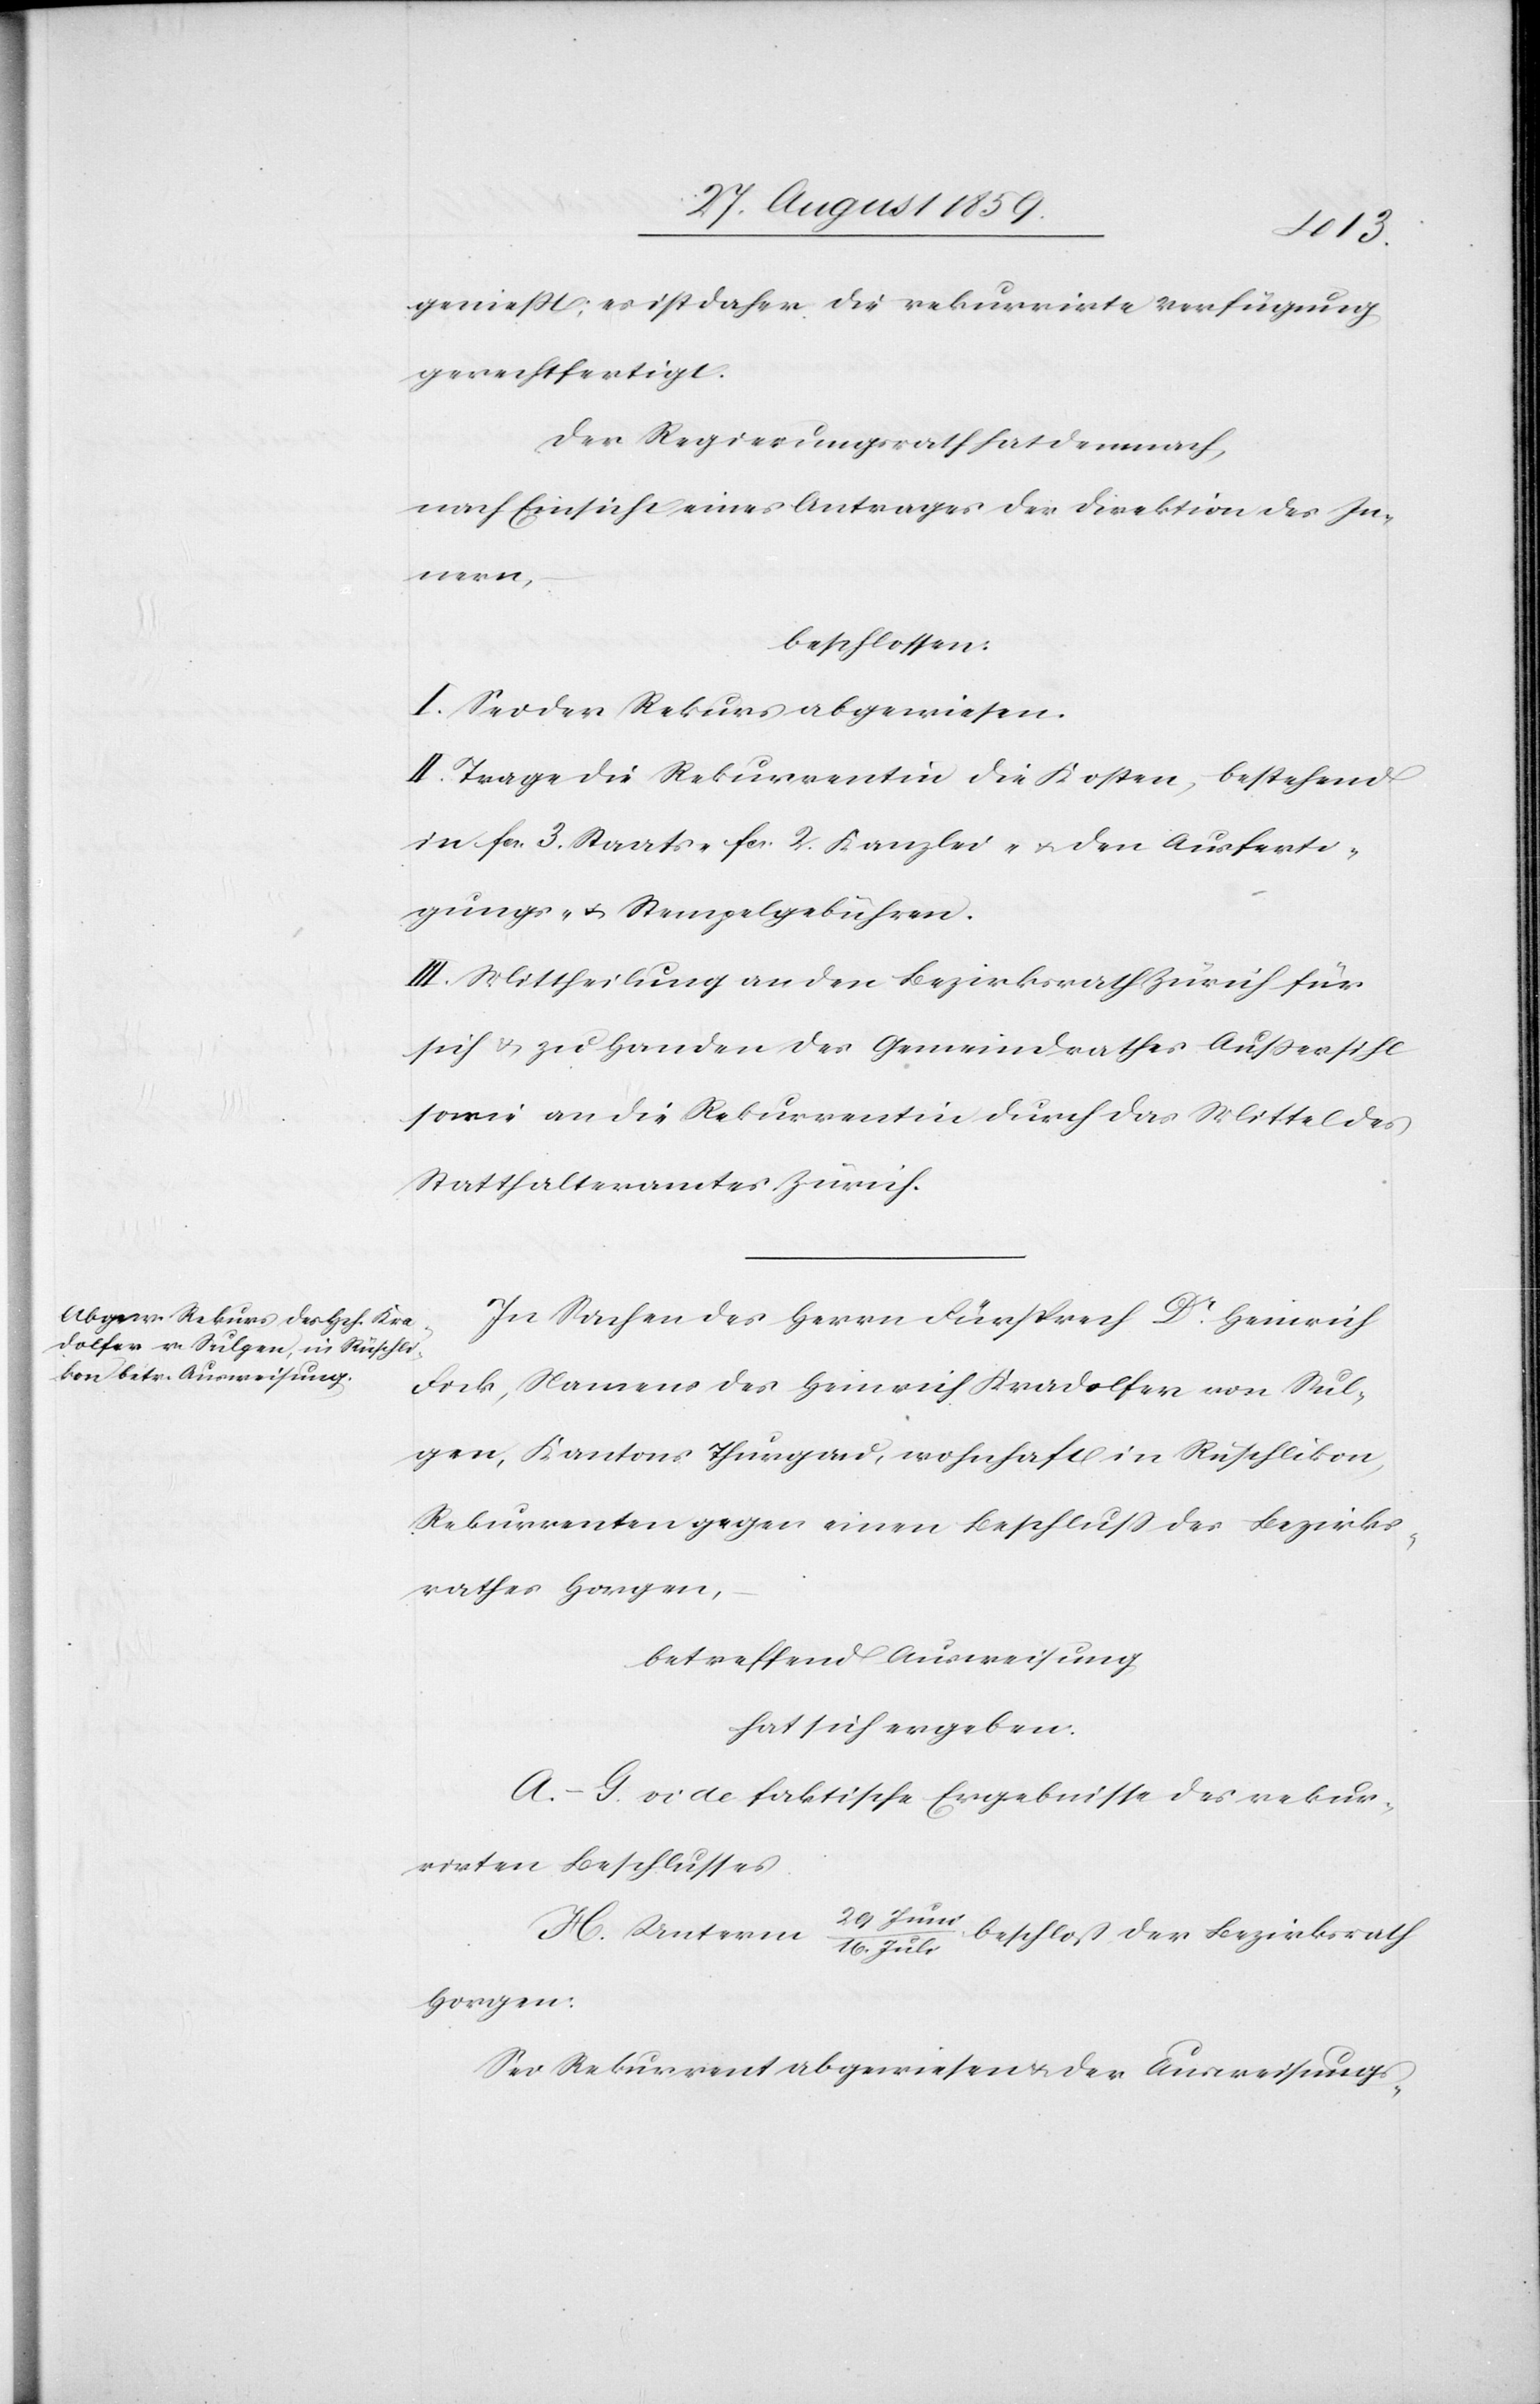
genießt, es ist daher die rekurrirte Verfügung
gerechtfertigt.
Der Regierungsrath hat demnach,
nach Einsicht eines Antrages der Direktion des In¬
nern,
beschlossen:
I. Sei der Rekurs abgewiesen.
II. Trage die Rekurrentin die Kosten, bestehend
in fcs. 3. Staats- fcs. 2. Kanzlei- & den Ausferti¬
gungs- & Stempelgebühren.
III. Mittheilung an den Bezirksrath Zürich für
sich & zu Handen des Gemeindrathes Außersihl
sowie an die Rekurrentin durch das Mittel des
Statthalteramtes Zürich.
In Sachen des Herrn Fürsprech Dr. Heinrich
Fick, Namens des Heinrich Kradolfer von Sul¬
gen, Kantons Thurgau, wohnhaft in Rüschlikon,
Rekurrenten gegen einen Beschluß des Bezirks¬
rathes Horgen,
betreffend Ausweisung
hat sich ergeben.
A.–G. vide faktische Ergebnisse des rekur¬
rirten Beschlusses.
29 Jun¬
H. Unterm
beschloß der Bezirksrath
i/16. Juli
Horgen:
Sei Rekurrent abgewiesen & der Ausweisungs-